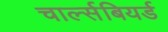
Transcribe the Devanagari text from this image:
चार्ल्सबियर्ड